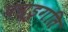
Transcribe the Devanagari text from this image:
पण्डुगति